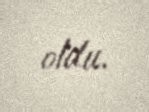
oldu.